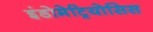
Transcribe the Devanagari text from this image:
इंडोमेट्रियोसिस